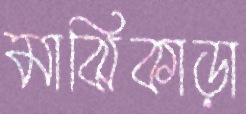
মাঝিকাড়া